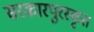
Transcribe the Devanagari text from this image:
सरकारपुरस्कृत